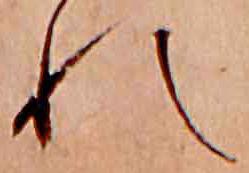
れ